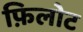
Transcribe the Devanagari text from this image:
फ़िलोट